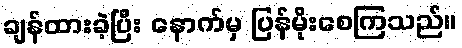
ချန်ထားခဲ့ပြီး နောက်မှ ပြန်မိုးစေကြသည်။